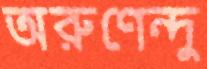
অরুণেন্দু